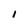
Character: 1